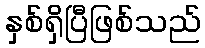
နှစ်ရှိပြီဖြစ်သည်